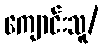
ကျောင်းသူ/